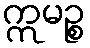
ဣမဉ္စ